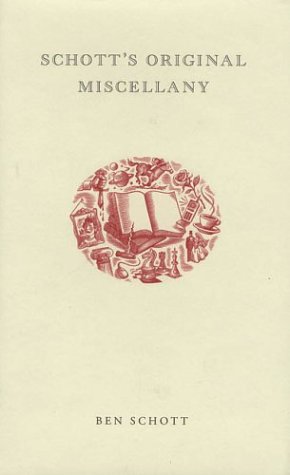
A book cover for Schott's Original Miscellany; Ben Schott; Humor & Entertainment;